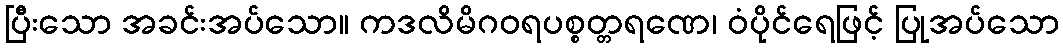
ပြီးသော အခင်းအပ်သော။ ကဒလိမိဂဝရပစ္စတ္တရဏေ၊ ဝံပိုင်ရေဖြင့် ပြုအပ်သော